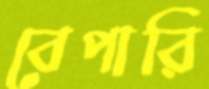
বেপারি